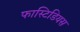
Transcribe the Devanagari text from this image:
फास्टिडियस